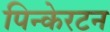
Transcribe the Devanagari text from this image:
पिन्केरटन